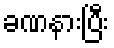
ခဏနားပြီး